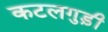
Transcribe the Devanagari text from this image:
कटलगुड़ी